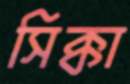
সিক্কা